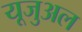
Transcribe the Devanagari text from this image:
यूजुअल